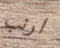
ارنب